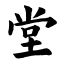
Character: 堂